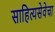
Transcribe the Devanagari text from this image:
साहित्यसेवेचा